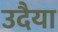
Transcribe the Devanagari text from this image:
उदैया